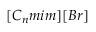
[ C _ { n } m i m ] [ B r ]